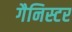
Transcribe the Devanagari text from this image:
गैनिस्टर